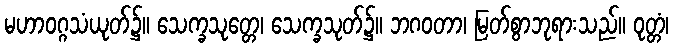
မဟာဝဂ္ဂသံယုတ်၌။ သေက္ခသုတ္တေ၊ သေက္ခသုတ်၌။ ဘဂဝတာ၊ မြတ်စွာဘုရားသည်။ ဝုတ္တံ၊